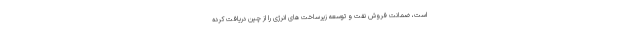
است، ضمانت فروش نفت و توسعه زیرساخت های انرژی را از چین دریافت کرده